Punjab Mental Hospital Lahore 1932-46 - 1932-1946
Year: 1932
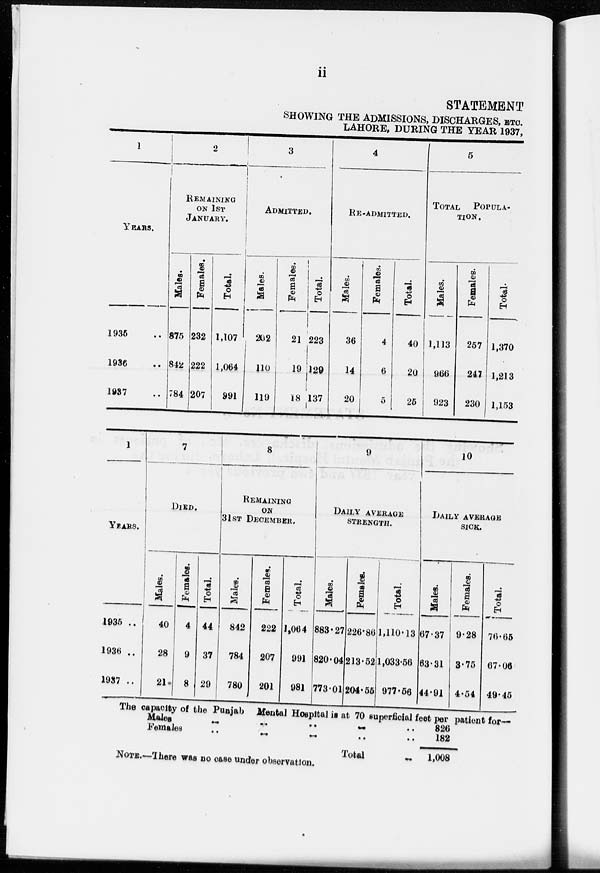
ii
STATEMENT
SHOWING THE ADMISSIONS, DISCHARGES, ETC.
LAHORE, DURING THE YEAR 1937,
1
YEARS.
1935 ..
1936 ..
1937 ..
2
REMAINING
ON 1ST
JANUARY.
Males.
875
842
784
Females.
232
222
207
Total.
1,107
1,064
991
3
ADMITTED.
Males.
202
110
119
Females.
21
19
18
Tot al .
223
129
137
4
RE-ADMITTED.
Males.
36
14
20
Females.
4
6
5
Total.
40
20
25
5
TOTAL POPULA-
----.
Males.
1,113
966
923
Females.
257
247
230
Total.
1,370
1,213
1,153
1
YEARS.
1935 ..
1936 ..
1937 ..
7
DIED.
Males.
40
28
21
Females.
4
9
8
Total.
44
37
29
8
REMAINING
ON 31ST
DECEMBER.
Males.
842
784
780
Females.
222
207
201
Total.
1,064
991
981
9
DAILY AVERAGE
STRENGTH.
Males.
883.27
820.04
773.01
Females.
226.86
213.52
204.55
Total.
1,110.13
1,033.56
977.56
10
DAILY AVERAGE
SICK.
Males.
67.37
63.31
44.91
Females.
9.28
3.75
4.54
Total.
76.65
67.06
49.45
The capacity of the Punjab Mental Hospital is at 70 superficial feet per patient for—
Males
..
..
..
..
..
Females .. .. .. .. ..
Total
826
182
1.008
NOTE.—There was no case under observation.